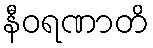
နီဝရဏာတိ